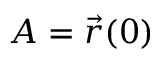
A = { \vec { r } } ( 0 )